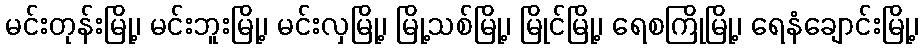
မင်းတုန်းမြို့၊ မင်းဘူးမြို့၊ မင်းလှမြို့၊ မြို့သစ်မြို့၊ မြိုင်မြို့၊ ရေစကြိုမြို့၊ ရေနံချောင်းမြို့၊